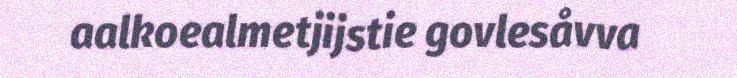
aalkoealmetjijstie govlesåvva